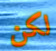
لكن